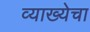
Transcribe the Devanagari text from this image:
व्याख्येचा